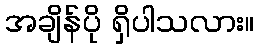
အချိန်ပို ရှိပါသလား။